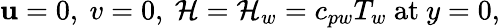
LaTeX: \mathbf{u}=0,\ v=0,\ \mathcal{H}=\mathcal{H}_{w}=c_{pw}T_{w}\ {\mathrm{{at}}}\ y=0,